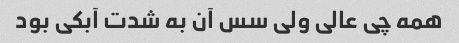
همه چی عالی ولی سس آن به شدت آبکی بود